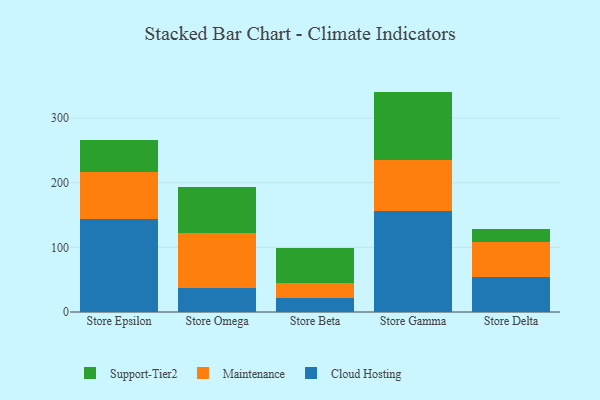
{"axis": {"x": "Store", "y": "Backlog"}, "legend": ["Cloud Hosting", "Maintenance", "Support-Tier2"], "data": [{"x": "Store Epsilon", "y": 143.2, "type": "Cloud Hosting"}, {"x": "Store Epsilon", "y": 74.1, "type": "Maintenance"}, {"x": "Store Epsilon", "y": 48.3, "type": "Support-Tier2"}, {"x": "Store Omega", "y": 37.6, "type": "Cloud Hosting"}, {"x": "Store Omega", "y": 85.3, "type": "Maintenance"}, {"x": "Store Omega", "y": 70.7, "type": "Support-Tier2"}, {"x": "Store Beta", "y": 22.1, "type": "Cloud Hosting"}, {"x": "Store Beta", "y": 22.9, "type": "Maintenance"}, {"x": "Store Beta", "y": 53.7, "type": "Support-Tier2"}, {"x": "Store Gamma", "y": 156.9, "type": "Cloud Hosting"}, {"x": "Store Gamma", "y": 78.1, "type": "Maintenance"}, {"x": "Store Gamma", "y": 106.0, "type": "Support-Tier2"}, {"x": "Store Delta", "y": 54.5, "type": "Cloud Hosting"}, {"x": "Store Delta", "y": 53.8, "type": "Maintenance"}, {"x": "Store Delta", "y": 19.7, "type": "Support-Tier2"}]}